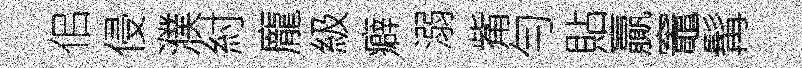
佀侵濮紂龐級癖溺觜勻貼贏竈髯